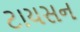
ટાયસન